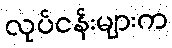
လုပ်ငန်းများက